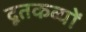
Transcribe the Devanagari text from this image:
दूतकव्यों